Insane asylums in Bengal annual reports 1876-1887 - 1876-1887
Year: 1876
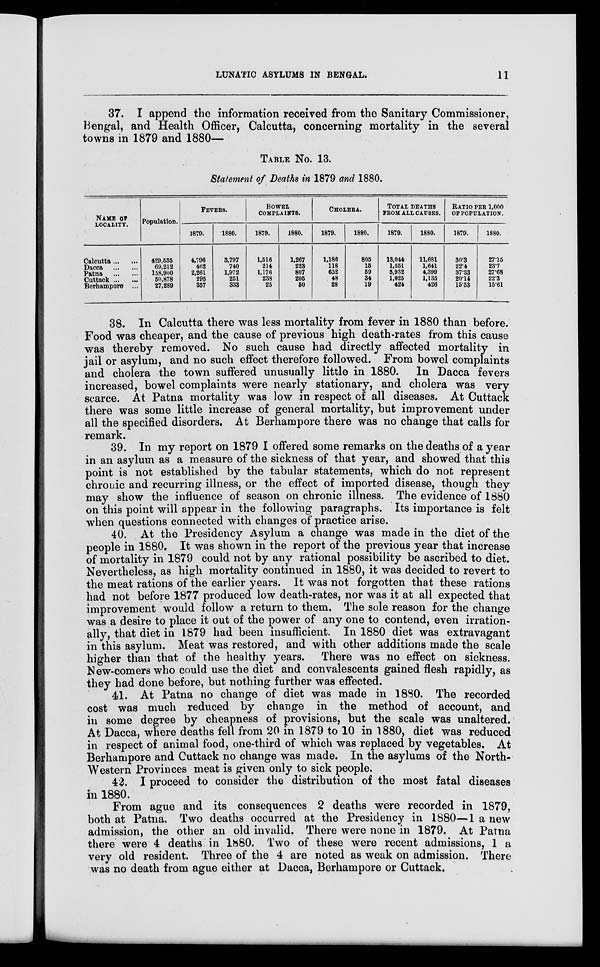
LUNATIC ASYLUMS IN BENGAL.
11
37. I append the information received from the Sanitary Commissioner,
Bengal, and Health Officer, Calcutta, concerning mortality in the several
towns in 1879 and 1880—
TABLE No. 13.
Statement of Deaths in 1879 and 1880.
NAME OF
LOCALITY.
Calcutta ... ...
Dacca
...
...
Patna
...
...
Cuttack ... ...
Berhampore ...
Population.
429,535
69,212
158,900
50,878
27,289
FEVERS.
1879.
4,796
462
2,261
295
357
1880.
3,797
740
1,972
251
333
BOWEL
COMPLAINTS.
1879.
1,516
214
1,176
238
25
1880.
1,267
223
807
205
50
CHOLERA.
1879.
1,186
118
652
48
28
1880.
805
15
59
34
19
TOTAL DEATHS
FROM ALL CAUSES.
1879.
13,044
1,551
5,932
1,025
424
1880.
11,681
1,641
4,399
1,135
426
RATIO PER 1,000
OF POPULATION.
1879.
30.3
22.4
37.33
20.14
15.53
1880.
27.15
23.7
27.68
22.3
15.61
38. In Calcutta there was less mortality from fever in 1880 than before.
Food was cheaper, and the cause of previous high death-rates from this cause
was thereby removed. No such cause had directly affected mortality in
jail or asylum, and no such effect therefore followed. From bowel complaints
and cholera the town suffered unusually little in 1880. In Dacca fevers
increased, bowel complaints were nearly stationary, and cholera was very
scarce. At Patna mortality was low in respect of all diseases. At Cuttack
there was some little increase of general mortality, but improvement under
all the specified disorders. At Berhampore there was no change that calls for
remark.
39. In my report on 1879 I offered some remarks on the deaths of a year
in an asylum as a measure of the sickness of that year, and showed that this
point is not established by the tabular statements, which do not represent
chronic and recurring illness, or the effect of imported disease, though they
may show the influence of season on chronic illness. The evidence of 1880
on this point will appear in the following paragraphs. Its importance is felt
when questions connected with changes of practice arise.
40. At the Presidency Asylum a change was made in the diet of the
people in 1880. It was shown in the report of the previous year that increase
of mortality in 1879 could not by any rational possibility be ascribed to diet.
Nevertheless, as high mortality continued in 1880, it was decided to revert to
the meat rations of the earlier years. It was not forgotten that these rations
had not before 1877 produced low death-rates, nor was it at all expected that
improvement would follow a return to them. The sole reason for the change
was a desire to place it out of the power of any one to contend, even irration-
ally, that diet in 1879 had been insufficient. In 1880 diet was extravagant
in this asylum. Meat was restored, and with other additions made the scale
higher than that of the healthy years. There was no effect on sickness.
New-comers who could use the diet and convalescents gained flesh rapidly, as
they had done before, but nothing further was effected.
41. At Patna no change of diet was made in 1880. The recorded
cost was much reduced by change in the method of account, and
in some degree by cheapness of provisions, but the scale was unaltered.
At Dacca, where deaths fell from 20 in 1879 to 10 in 1880, diet was reduced
in respect of animal food, one-third of which was replaced by vegetables. At
Berhampore and Cuttack no change was made. In the asylums of the North-
-estern Provinces meat is given only to sick people.
42. I proceed to consider the distribution of the most fatal diseases
in 1880.
From ague and its consequences 2 deaths were recorded in 1879,
both at Patna. Two deaths occurred at the Presidency in 1880—1 a new
admission, the other an old invalid. There were none in 1879. At Patna
there were 4 deaths in 1880. Two of these were recent admissions, 1 a
very old resident. Three of the 4 are noted as weak on admission. There
was no death from ague either at Dacca, Berhampore or Cuttack.